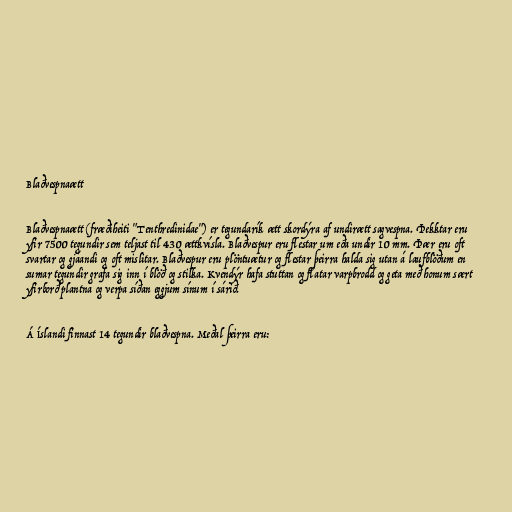
Blaðvespnaætt

Blaðvespnaætt (fræðiheiti "Tenthredinidae") er tegundarík ætt skordýra af undirætt sagvespna. Þekktar eru
yfir 7500 tegundir sem teljast til 430 ættkvísla. Blaðvespur eru flestar um eða undir 10 mm. Þær eru oft
svartar og gjáandi og oft mislitar. Blaðvespur eru plöntuætur og flestar þeirra halda sig utan á laufblöðum en
sumar tegundir grafa sig inn í blöð og stilka. Kvendýr hafa stuttan og flatar varpbrodd og geta með honum sært
yfirborð plantna og verpa síðan eggjum sínum í sárið.

Á Íslandi finnast 14 tegundir blaðvespna. Meðal þeirra eru: